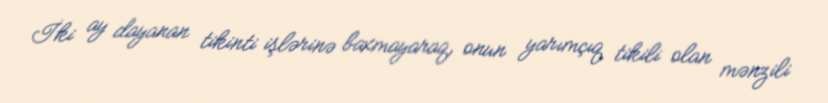
İki ay dayanan tikinti işlərinə baxmayaraq, onun yarımçıq tikili olan mənzili